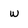
Character: w